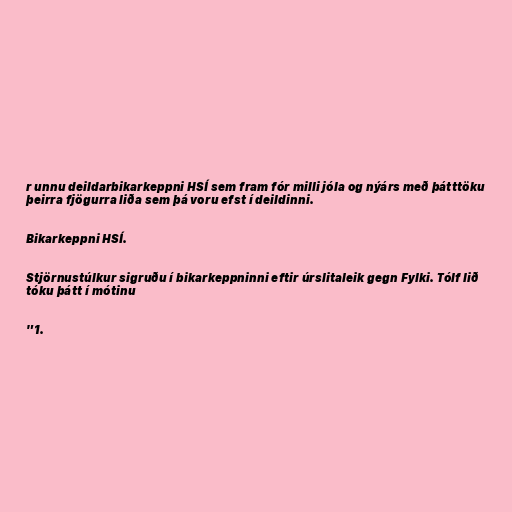
r unnu deildarbikarkeppni HSÍ sem fram fór milli jóla og nýárs með þátttöku
þeirra fjögurra liða sem þá voru efst í deildinni.

Bikarkeppni HSÍ.

Stjörnustúlkur sigruðu í bikarkeppninni eftir úrslitaleik gegn Fylki. Tólf lið
tóku þátt í mótinu

"1.